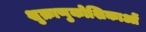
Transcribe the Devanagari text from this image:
शुक्राणुकोशिकाओं